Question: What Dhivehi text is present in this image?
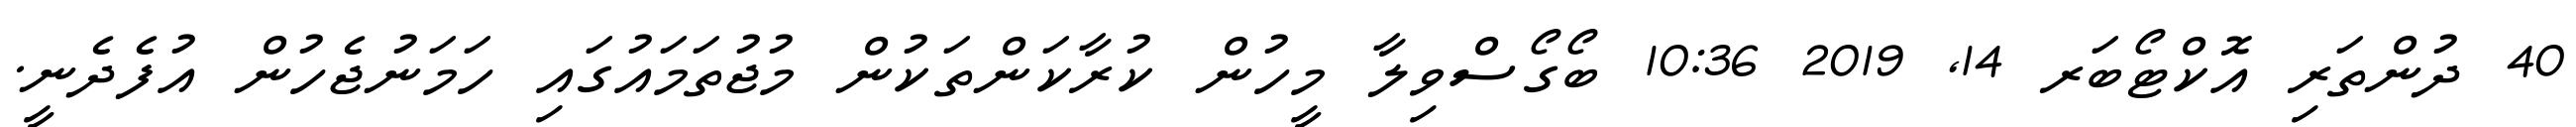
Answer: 40 ދުންތަރި އޮކްޓޯބަރ 14, 2019 10:36 ބޯގޯސްވިލާ މީހުން ކުރާކަންތަކުން މުޖުތަމައުގައި ހަމަނުޖެހުން އުފެދެނީ.